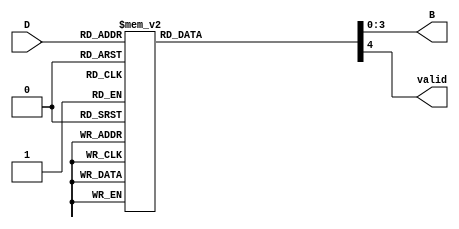
module DecimalToBinaryEncoder (
    input  wire [3:0] D,    // 4-bit input representing decimal digits (0 to 9)
    output reg  [3:0] B,    // 4-bit binary output
    output reg  valid        // Output to indicate if the input is valid
);

    always @(*) begin
        // Default values
        B = 4'b0000;  // Default output
        valid = 1'b0; // Default valid signal

        case (D)
            4'b0000: begin B = 4'b0000; valid = 1'b1; end // 0
            4'b0001: begin B = 4'b0001; valid = 1'b1; end // 1
            4'b0010: begin B = 4'b0010; valid = 1'b1; end // 2
            4'b0011: begin B = 4'b0011; valid = 1'b1; end // 3
            4'b0100: begin B = 4'b0100; valid = 1'b1; end // 4
            4'b0101: begin B = 4'b0101; valid = 1'b1; end // 5
            4'b0110: begin B = 4'b0110; valid = 1'b1; end // 6
            4'b0111: begin B = 4'b0111; valid = 1'b1; end // 7
            4'b1000: begin B = 4'b1000; valid = 1'b1; end // 8
            4'b1001: begin B = 4'b1001; valid = 1'b1; end // 9
            default: begin B = 4'b0000; valid = 1'b0; end // Invalid input
        endcase
    end

endmodule